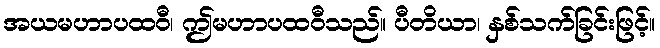
အယမဟာပထဝီ၊ ဤမဟာပထဝီသည်။ ပီတိယာ၊ နှစ်သက်ခြင်းဖြင့်။